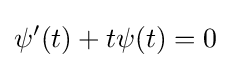
\psi '(t)+t\psi (t)=0